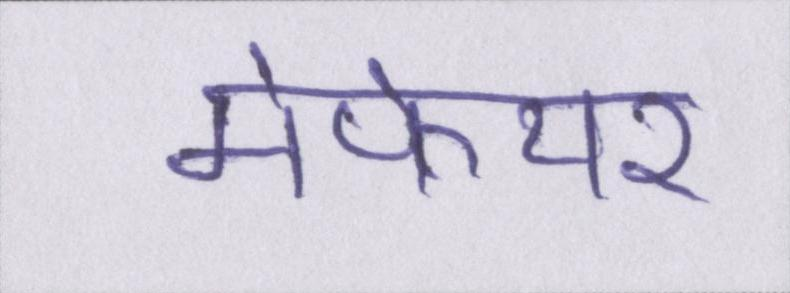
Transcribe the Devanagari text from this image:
मेफेयर